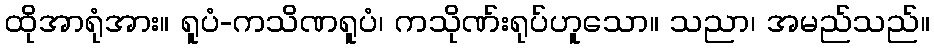
ထိုအာရုံအား။ ရူပံ-ကသိဏရူပံ၊ ကသိုဏ်းရုပ်ဟူသော။ သညာ၊ အမည်သည်။